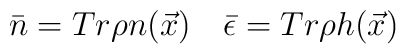
\bar{n}=Tr\rho n(\vec{x})\quad \bar{\epsilon}=Tr\rho h(\vec{x})